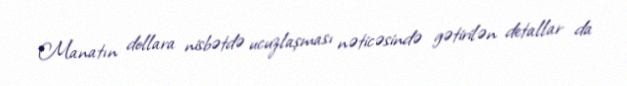
Manatın dollara nisbətdə ucuzlaşması nəticəsində gətirilən detallar da